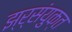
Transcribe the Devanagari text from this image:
झ्र्संयुक्त